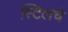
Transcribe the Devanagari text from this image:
स्टिलचे